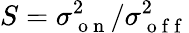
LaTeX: S=\sigma_{\mathrm{~o~n~}}^{2}/\sigma_{\mathrm{~o~f~f~}}^{2}